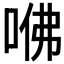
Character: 𠲽